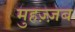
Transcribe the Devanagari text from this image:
मुहज़्ज़ब